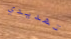
تهديدي